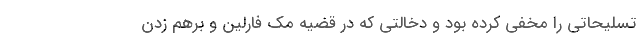
تسلیحاتی را مخفی کرده بود و دخالتی که در قضیه مک فارلین و برهم زدن